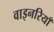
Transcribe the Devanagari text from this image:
वाइनरियाँ